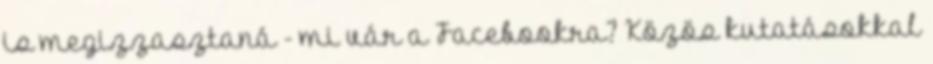
is megizzasztaná - mi vár a Facebookra? Közös kutatásokkal